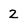
Character: 2